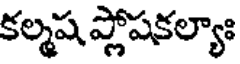
కల్మష ప్లోషకల్యాః